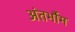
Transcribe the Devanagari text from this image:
अंतर्भौम